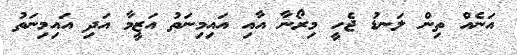
އަނެއް ތިން ލަނޑު ޖެހީ މިރޯނާ އާއި އައިމިނަތު އަޒީމާ އަދި އައިމިނަތު